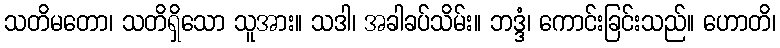
သတိမတော၊ သတိရှိသော သူအား။ သဒါ၊ အခါခပ်သိမ်း။ ဘဒ္ဒံ၊ ကောင်းခြင်းသည်။ ဟောတိ၊